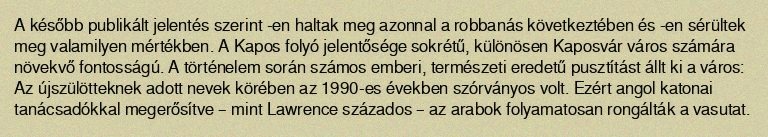
A később publikált jelentés szerint -en haltak meg azonnal a robbanás következtében és -en sérültek meg valamilyen mértékben. A Kapos folyó jelentősége sokrétű, különösen Kaposvár város számára növekvő fontosságú. A történelem során számos emberi, természeti eredetű pusztítást állt ki a város: Az újszülötteknek adott nevek körében az 1990-es években szórványos volt. Ezért angol katonai tanácsadókkal megerősítve – mint Lawrence százados – az arabok folyamatosan rongálták a vasutat.